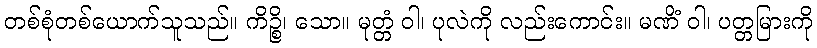
တစ်စုံတစ်ယောက်သူသည်။ ကိဉ္စိ၊ သော။ မုတ္တံ ဝါ၊ ပုလဲကို လည်းကောင်း။ မဏိံ ဝါ၊ ပတ္တမြားကို